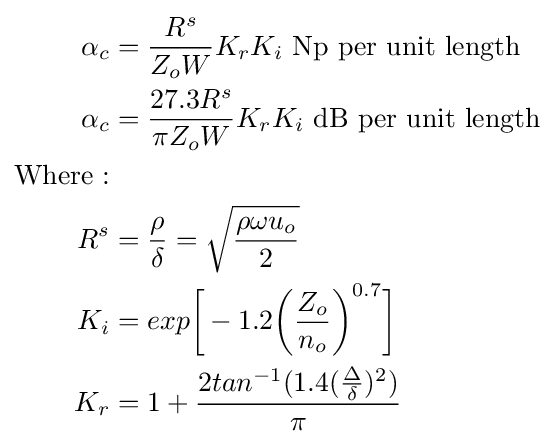
{\begin{aligned}\alpha _{c}&={\frac {R^{s}}{Z_{o}W}}K_{r}K_{i}{\text{ Np per unit length}}\\\alpha _{c}&={\frac {27.3R^{s}}{\pi Z_{o}W}}K_{r}K_{i}{\text{ dB per unit length}}\\{\text{Where :}}&\\R^{s}&={\frac {\rho }{\delta }}={\sqrt {\frac {\rho \omega u_{o}}{2}}}\\K_{i}&=exp{\bigg [}-1.2{\bigg (}{\frac {Z_{o}}{n_{o}}}{\bigg )}^{0.7}{\bigg ]}\\K_{r}&=1+{\frac {2tan^{-1}(1.4({\frac {\Delta }{\delta }})^{2})}{\pi }}\end{aligned}}